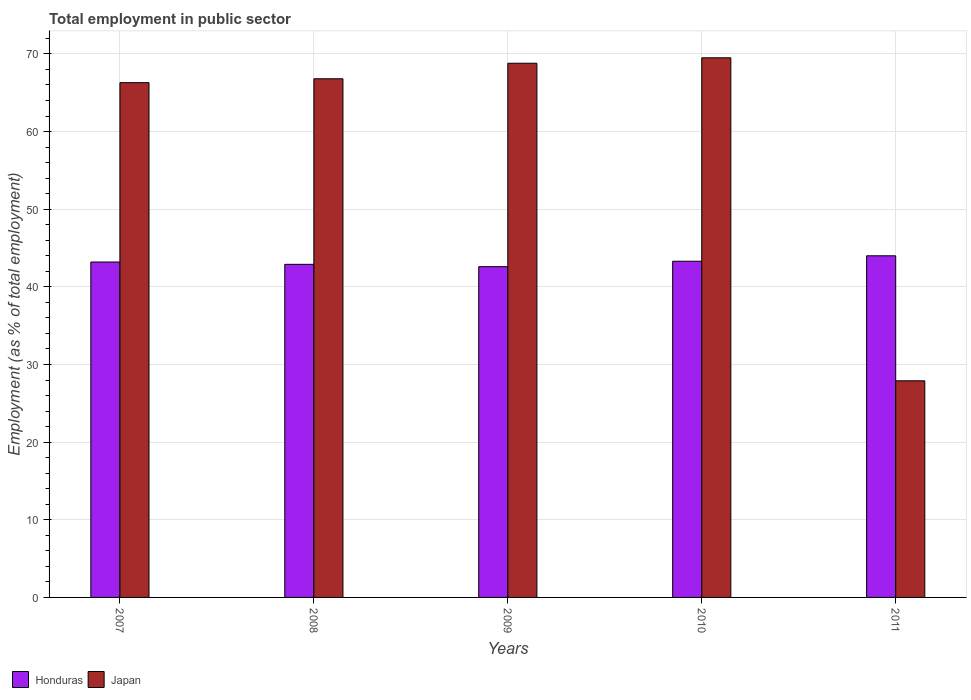
| Years | Honduras | Japan |
 | --- | --- | --- |
 | 2007 | 43.2 | 66.3 |
 | 2008 | 42.9 | 66.8 |
 | 2009 | 42.6 | 68.8 |
 | 2010 | 43.3 | 69.5 |
 | 2011 | 44 | 27.9 |